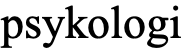
psykologi